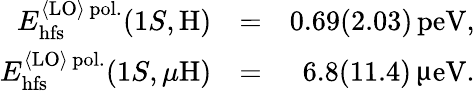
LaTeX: \begin{array}{rlr}{E_{\mathrm{hfs}}^{{\langle\mathrm{LO}\rangle}\, \mathrm{pol.}}(1S,\mathrm{H})}&{=}&{0.69(2.03)\, \mathrm{peV},}\\ {E_{\mathrm{hfs}}^{{\langle\mathrm{LO}\rangle}\, \mathrm{pol.}}(1S,\mu\mathrm{H})}&{=}&{6.8(11.4)\, \upmu\mathrm{eV}.}\end{array}